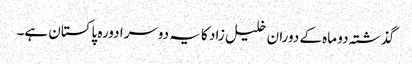
گذشتہ دو ماہ کے دوران خلیل زاد کا یہ دوسرا دورہ پاکستان ہے۔